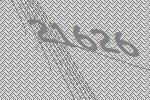
21626